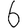
Digit: 6